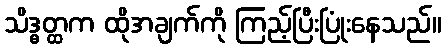
သိဒ္ဓတ္ထက ထိုအချက်ကို ကြည့်ပြီးပြုံးနေသည်။